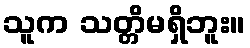
သူက သတ္တိမရှိဘူး။